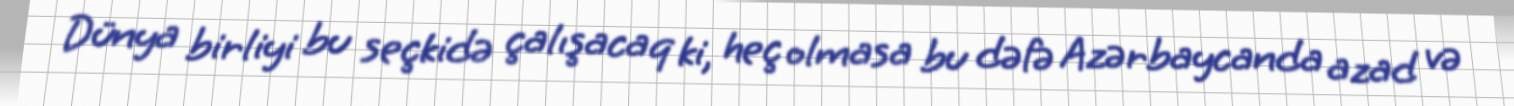
Dünya birliyi bu seçkidə çalışacaq ki, heç olmasa bu dəfə Azərbaycanda azad və